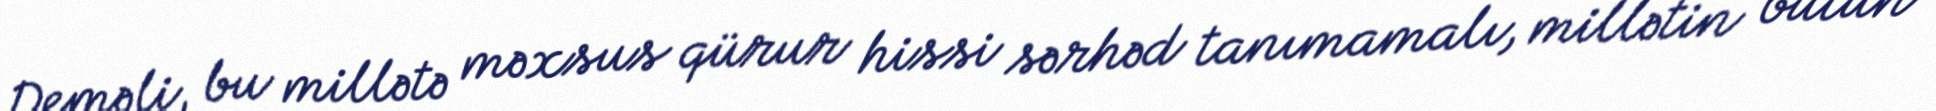
Deməli, bu millətə məxsus qürur hissi sərhəd tanımamalı, millətin bütün